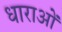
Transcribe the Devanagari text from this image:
धाराआें